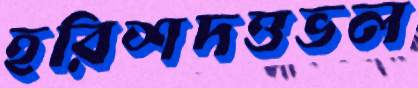
হরিশদত্তভল